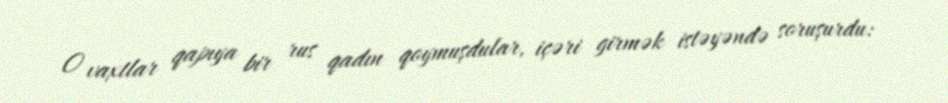
O vaxtlar qapıya bir rus qadın qoymuşdular, içəri girmək istəyəndə soruşurdu: